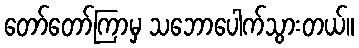
တော်တော်ကြာမှ သဘောပေါက်သွားတယ်။